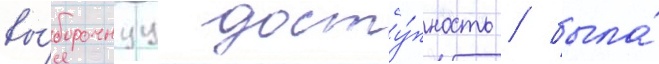
вы́борочнуу досту́пность / была́